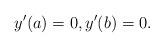
LaTeX: \begin{align*}y'(a)=0,y'(b)=0.\end{align*}